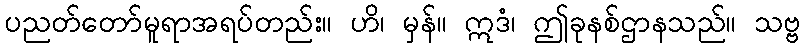
ပညတ်တော်မူရာအရပ်တည်း။ ဟိ၊ မှန်။ ဣဒံ၊ ဤခုနစ်ဌာနသည်။ သဗ္ဗ